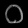
Digit: ၀